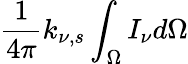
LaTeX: {\frac{1}{4\pi}}k_{\nu,s}\int_{\Omega}I_{\nu}d\Omega